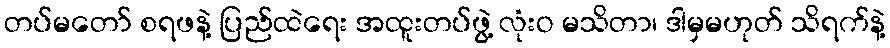
တပ်မတော် စရဖနဲ့ ပြည်ထဲရေး အထူးတပ်ဖွဲ့ လုံးဝ မသိတာ၊ ဒါမှမဟုတ် သိရက်နဲ့